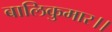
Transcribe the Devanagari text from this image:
बालिकुमार।।